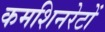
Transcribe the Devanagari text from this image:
कमशिनरेटों